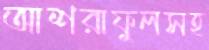
আশরাফুলসহ